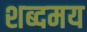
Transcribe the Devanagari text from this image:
शब्दमय